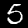
Digit: 5